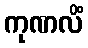
ကုဏလိံ